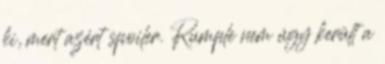
ki, mert azért spoiler. Rumple nem úgy került a